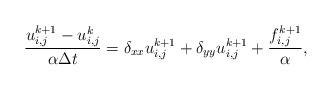
LaTeX: \begin{align*}\frac{u^{k+1}_{i,j} - u^k_{i,j} }{\alpha \Delta t}=\delta_{xx} u^{k+1}_{i,j} + \delta_{yy} u^{k+1}_{i,j} +\frac{f^{k+1}_{i,j}}{\alpha},\end{align*}